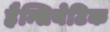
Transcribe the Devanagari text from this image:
हैन्सियेटिक